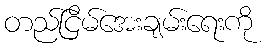
တည်ငြိမ်အေးချမ်းရေးကို